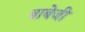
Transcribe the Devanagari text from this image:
बाबेजी